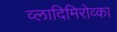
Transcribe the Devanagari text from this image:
व्लादिमिरोव्का